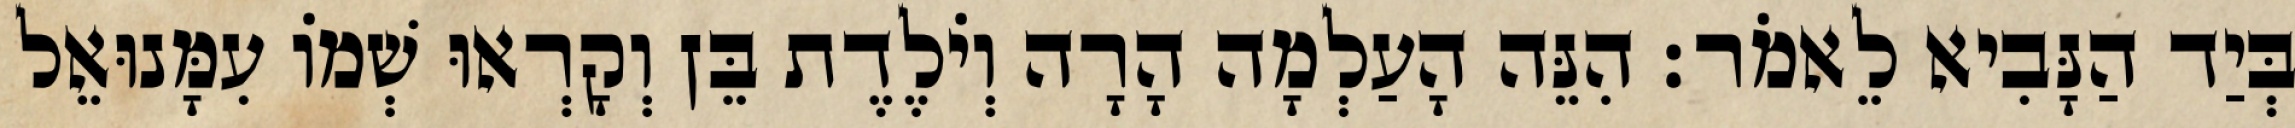
בְּיַד הַנָּבִיא לֵאמֹר׃ הִנֵּה הָעַלְמָה הָרָה וְיֹלֶדֶת בֵּן וְקָרְאוּ שְׁמוֹ עִמָּנוּאֵל